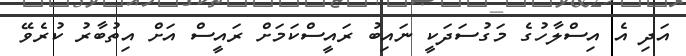
އަދި އެ އިސްލާހުގެ މަގުސަދަކީ ނައިބު ރައީސްކަމަށް ރައީސް އަށް އިތުބާރު ކުރެވޭ